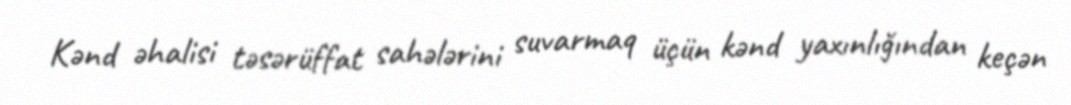
Kənd əhalisi təsərüffat sahələrini suvarmaq üçün kənd yaxınlığından keçən